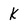
Character: k